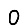
Digit: 0